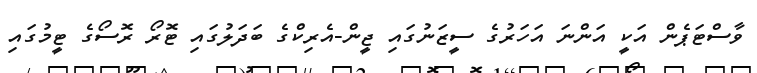
ވާސްޓަޕެން އަކީ އަންނަ އަހަރުގެ ސީޒަނުގައި ޖީން-އެރިކްގެ ބަދަލުގައި ޓޮރޯ ރޮސޯގެ ޓީމުގައި